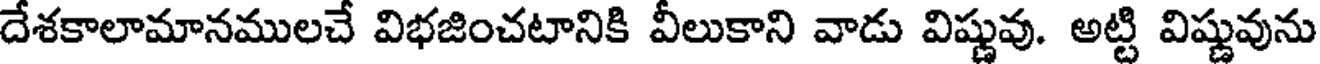
దేశకాలామానములచే విభజించటానికి వీలుకాని వాడు విష్ణువు. అట్టి విష్ణువును